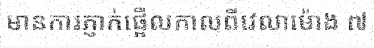
មានការភ្ញាក់ផ្អើលកាលពីវេលាម៉ោង ៧